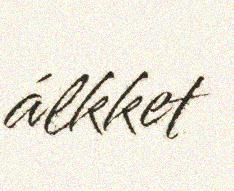
álkket